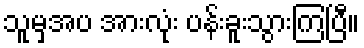
သူမှအပ အားလုံး ပန်းခူးသွားကြပြီ။